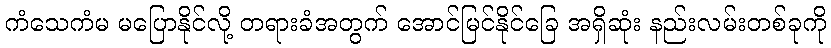
ကံသေကံမ မပြောနိုင်လို့ တရားခံအတွက် အောင်မြင်နိုင်ခြေ အရှိဆုံး နည်းလမ်းတစ်ခုကို